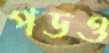
পডও